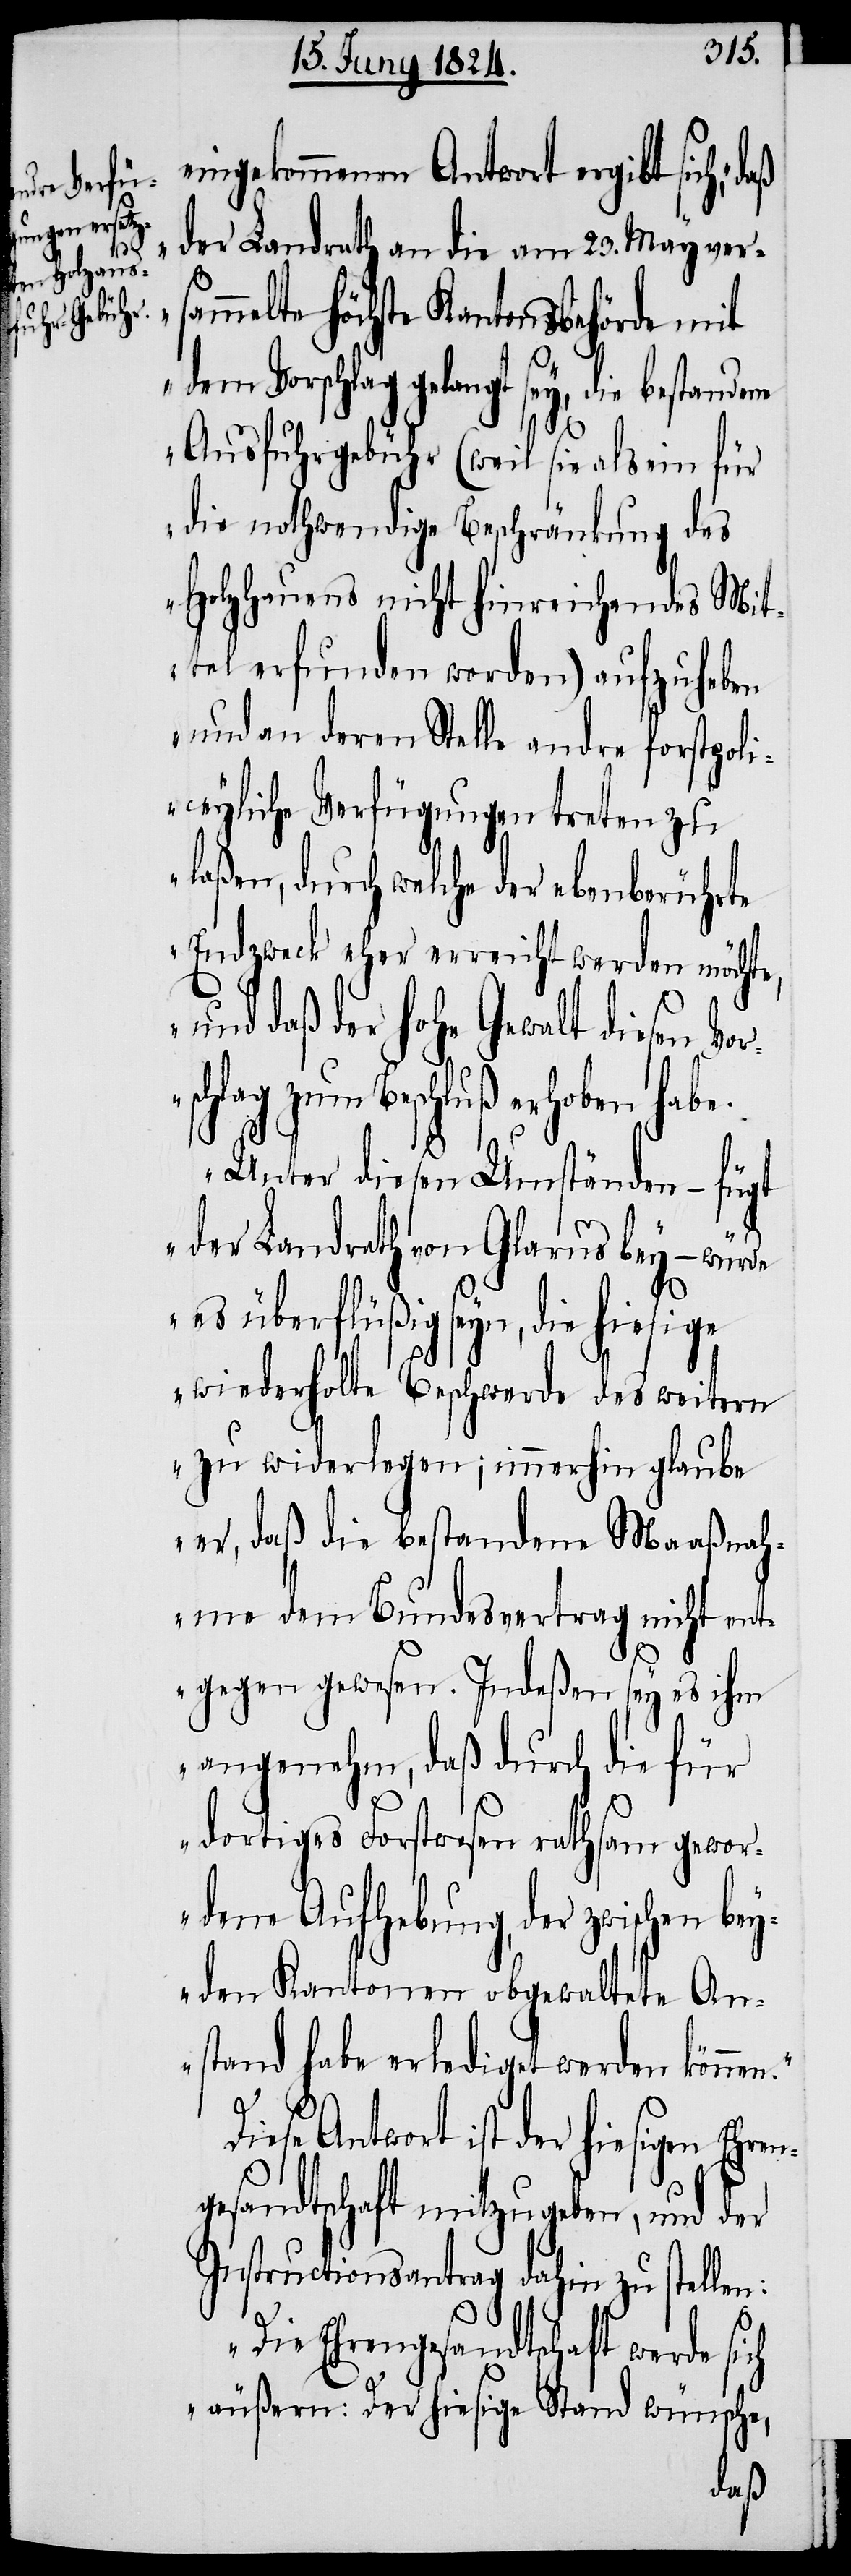
en Vorsc¬

eingekommenen Antwort ergibt sich, „d¬
der Landrath an die am 23. May ver¬
n.“
mmelte höchste Kantonsbehörde mit
dem Vorschlag gelangt sey, die bestandene
Ausfuhrgebühr (weil sie als ein für
die nothwendige Beschränkung des
Holzhauens nicht hinreichendes Mit¬
tel erfunden worden) aufzuheben
und an deren Stelle andre forstpoli¬
ceyliche Verfügungen treten zu
laßen, durch welche der ebenberührte
Endzweck eher erreicht werden möchte,
hlag zum Beschluß erhoben hab¬
Unter diesen Umständen – fügt
der Landrath von Glarus bey – würde
es überflüßig seyn, die
wiederholte Beschwerde des weitern
zu widerlegen; immerhin glaube
er, daß die bestandene Maaßnah¬
me dem Bundesvertrag nicht ent¬
gegen gewesen. Indeßen sey es ihm
angenehm, daß durch die für
dies¬
dortiges Forstwesen rathsam gewor¬
dene Aufhebung, der zwischen bey¬
den Kantonen obgewaltete An¬
stand habe erlediget werden könne¬
Diese Antwort ist der hiesigen Ehren¬
gesandtschaft mitzugeben, und der
Instructionsantrag dahin zu stellen:
e.
„Die Ehrengesandtschaft werde sich
äußern: Der hiesige Stand wünsche,
daß